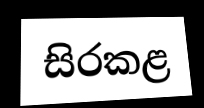
සිරකළ